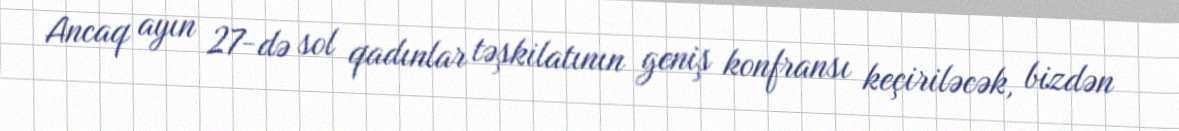
Ancaq ayın 27-də sol qadınlar təşkilatının geniş konfransı keçiriləcək, bizdən